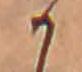
か